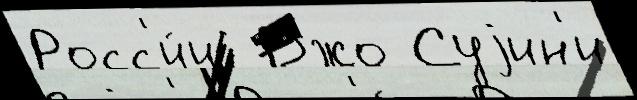
Росс'и́и  Джо Суjин'и